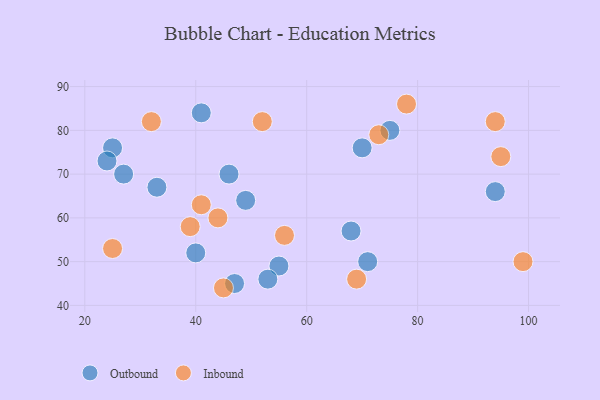
{"axis": {"x": "GDP", "y": "Life Expectancy"}, "legend": ["Inbound", "Outbound"], "data": [{"x": "27", "y": 70, "type": "Outbound"}, {"x": "49", "y": 64, "type": "Outbound"}, {"x": "40", "y": 52, "type": "Outbound"}, {"x": "71", "y": 50, "type": "Outbound"}, {"x": "46", "y": 70, "type": "Outbound"}, {"x": "75", "y": 80, "type": "Outbound"}, {"x": "47", "y": 45, "type": "Outbound"}, {"x": "68", "y": 57, "type": "Outbound"}, {"x": "55", "y": 49, "type": "Outbound"}, {"x": "33", "y": 67, "type": "Outbound"}, {"x": "53", "y": 46, "type": "Outbound"}, {"x": "41", "y": 84, "type": "Outbound"}, {"x": "94", "y": 66, "type": "Outbound"}, {"x": "70", "y": 76, "type": "Outbound"}, {"x": "25", "y": 76, "type": "Outbound"}, {"x": "24", "y": 73, "type": "Outbound"}, {"x": "41", "y": 63, "type": "Inbound"}, {"x": "44", "y": 60, "type": "Inbound"}, {"x": "69", "y": 46, "type": "Inbound"}, {"x": "73", "y": 79, "type": "Inbound"}, {"x": "25", "y": 53, "type": "Inbound"}, {"x": "95", "y": 74, "type": "Inbound"}, {"x": "78", "y": 86, "type": "Inbound"}, {"x": "52", "y": 82, "type": "Inbound"}, {"x": "32", "y": 82, "type": "Inbound"}, {"x": "39", "y": 58, "type": "Inbound"}, {"x": "45", "y": 44, "type": "Inbound"}, {"x": "94", "y": 82, "type": "Inbound"}, {"x": "99", "y": 50, "type": "Inbound"}, {"x": "56", "y": 56, "type": "Inbound"}]}